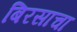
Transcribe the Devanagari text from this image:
बिरसाचा